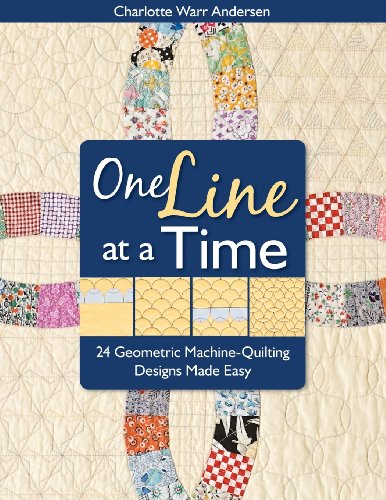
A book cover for One Line at a Time: 24 Geometric Machine-Quilting Designs Made Easy; Charlotte Warr Anderson; Crafts, Hobbies & Home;